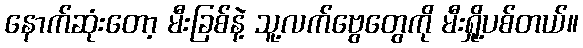
နောက်ဆုံးတော့ မီးခြစ်နဲ့ သူ့လက်ဗွေတွေကို မီးရှို့ပစ်တယ်။